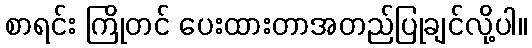
စာရင်း ကြိုတင် ပေးထားတာအတည်ပြုချင်လို့ပါ။